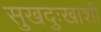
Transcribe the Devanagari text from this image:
सुखदुःखाशी